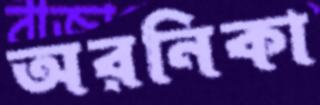
অরনিকা